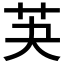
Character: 芵